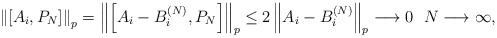
\begin{align*} \left\|[A_i, P_N]\right\|_p = \left\|\left[A_i-B_i^{(N)}, P_N\right]\right\|_p\leq 2 \left\|A_i-B_i^{(N)}\right\|_p \longrightarrow 0 ~ ~N\longrightarrow \infty,\end{align*}